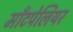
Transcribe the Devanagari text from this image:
माँटपेलियर